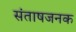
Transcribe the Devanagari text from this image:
संताषजनक